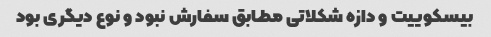
بیسکوییت و دازه شکلاتی مطابق سفارش نبود و نوع دیگری بود